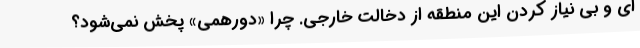
ای و بی نیاز کردن این منطقه از دخالت خارجی. چرا «دورهمی» پخش نمی‌شود؟